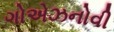
ગોએઝનોવી